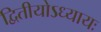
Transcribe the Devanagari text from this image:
द्वितीयोऽध्यायः